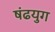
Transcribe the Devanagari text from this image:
षंढयुग